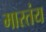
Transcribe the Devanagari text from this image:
मारतंय